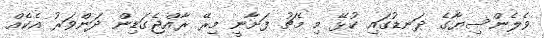
ވެލެންސިޔާގެ ދަނޑުގައި ކުޅޭ މި މެޗު ފަށާނީ މިރޭ ރާއްޖެގަޑިން ދަންވަރު އެކެއް